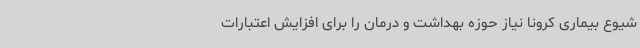
شیوع بیماری کرونا نیاز حوزه بهداشت و درمان را برای افزایش اعتبارات